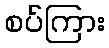
စပ်ကြား